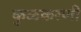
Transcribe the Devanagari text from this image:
कुळकरणी